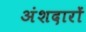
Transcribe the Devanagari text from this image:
अंशदारों